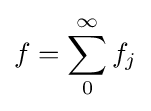
f=\sum _{0}^{\infty }f_{j}